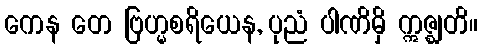
ကေန တေ ဗြဟ္မစရိယေန, ပုညံ ပါဏိမှိ ဣဇ္ဈတိ။